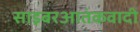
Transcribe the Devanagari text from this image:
साइबरआतंकवादी